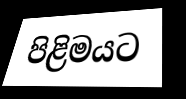
පිළිමයට